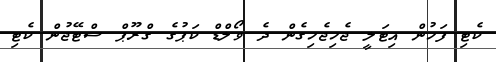
ކެޓި ފަހުން އިޓަލީ ޖެހިޖެހިގެން ދެ ވޯލްޑް ކަޕުގެ ގްރޫޕް ސްޓޭޖުން ކެޓި